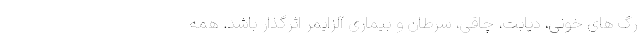
رگ های خونی، دیابت، چاقی، سرطان و بیماری آلزایمر اثرگذار باشد. همه